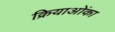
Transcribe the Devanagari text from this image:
क्रियाओंका